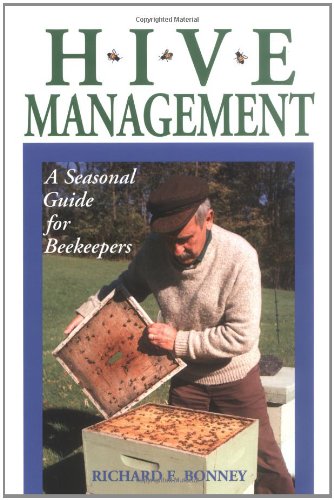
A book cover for Hive Management: A Seasonal Guide for Beekeepers (Storey's Down-To-Earth Guides); Richard E. Bonney; Crafts, Hobbies & Home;